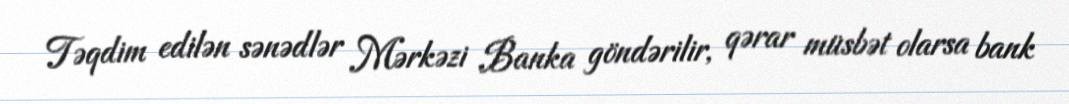
Təqdim edilən sənədlər Mərkəzi Banka göndərilir, qərar müsbət olarsa bank